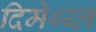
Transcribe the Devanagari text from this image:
दिमेथ्य्ल